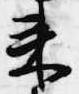
来